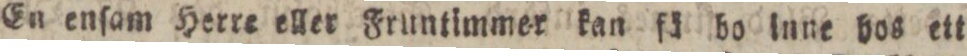
En enſam Herre eller Fruntimmer kan fä bo inne bos ett